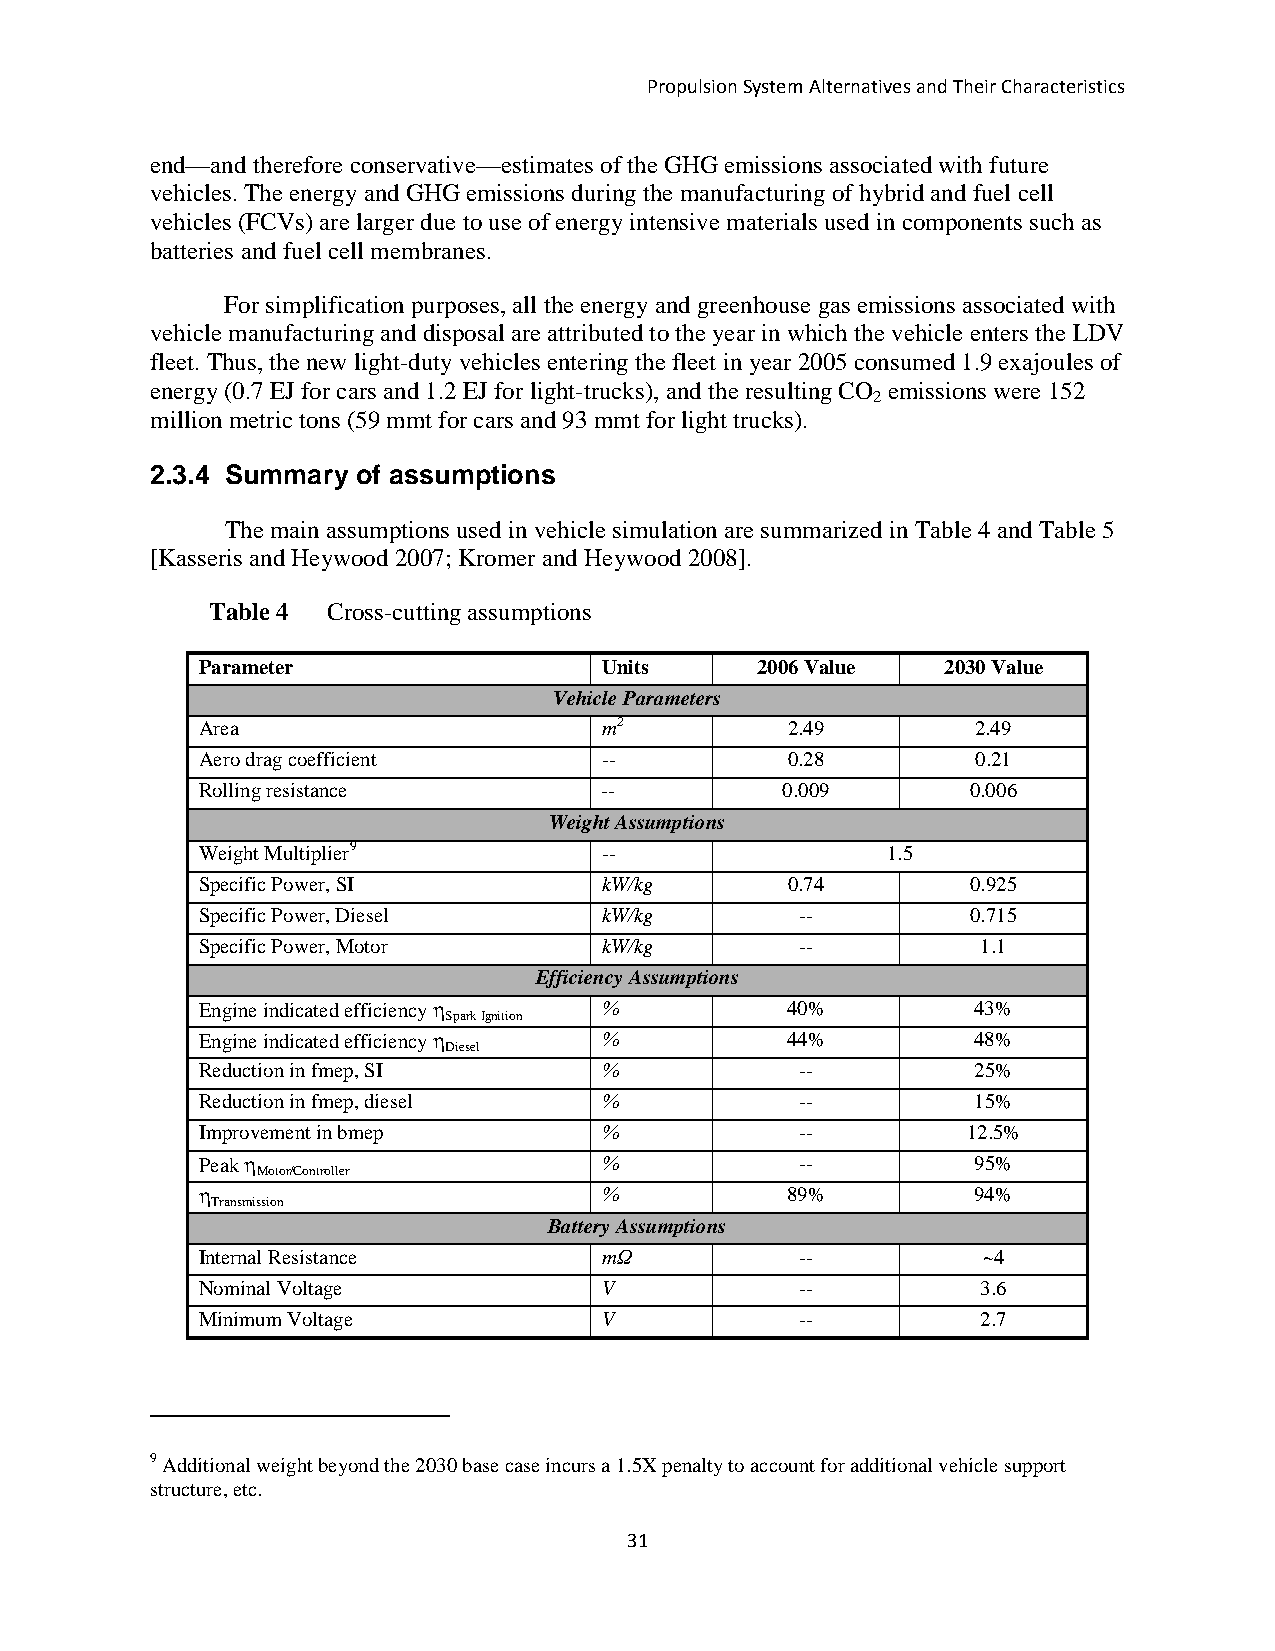
Propulsion System Alternatives and Their Characteristics
 end—and therefore conservative—estimates of the GHG emissions associated with future
 vehicles. The energy and GHG emissions during the manufacturing of hybrid and fuel cell
 vehicles (FCVs) are larger due to use of energy intensive materials used in components such as
 batteries and fuel cell membranes.
 For simplification purposes, all the energy and greenhouse gas emissions associated with
 vehicle manufacturing and disposal are attributed to the year in which the vehicle enters the LDV
 fleet. Thus, the new light-duty vehicles entering the fleet in year 2005 consumed 1.9 exajoules of
 energy (0.7 EJ for cars and 1.2 EJ for light-trucks), and the resulting CO emissions were 152
 2
 million metric tons (59 mmt for cars and 93 mmt for light trucks).
 2.3.4 Summary of assumptions
 The main assumptions used in vehicle simulation are summarized in Table 4 and Table 5
 [Kasseris and Heywood 2007; Kromer and Heywood 2008].
 Table 4 Cross-cutting assumptions
 Parameter                  Units     2006 Value   2030 Value
 Vehicle Parameters
 Area                       m2          2.49         2.49
 Aero drag coefficient      --          0.28         0.21
 Rolling resistance         --          0.009       0.006
 Weight Assumptions
 Weight Multiplier9         --                 1.5
 Specific Power, SI         kW/kg       0.74        0.925
 Specific Power, Diesel     kW/kg        --         0.715
 Specific Power, Motor      kW/kg        --          1.1
 Efficiency Assumptions
 Engine indicated efficiency h %        40%          43%
 Spark Ignition
 Engine indicated efficiency h %        44%          48%
 Diesel
 Reduction in fmep, SI      %            --          25%
 Reduction in fmep, diesel  %            --          15%
 Improvement in bmep        %            --         12.5%
 Peak h                     %            --          95%
 Motor/Controller
 h                          %           89%          94%
 Transmission
 Battery Assumptions
 Internal Resistance        mΩ           --          ~4
 Nominal Voltage            V            --          3.6
 Minimum Voltage            V            --          2.7
 9 Additional weight beyond the 2030 base case incurs a 1.5X penalty to account for additional vehicle support
 structure, etc.
 31